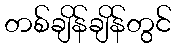
တစ်ချိန်ချိန်တွင်